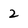
Character: 2